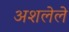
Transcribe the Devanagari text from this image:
अशलेले